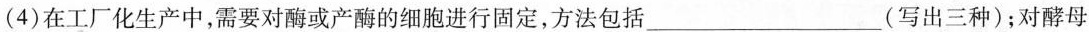
(4)在工厂化生产中，需要对酶或产酶的细胞进行固定，方法包括___(写出三种)；对酵母